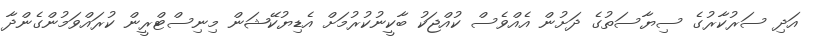
އަދި ސަރުކާރުގެ ސިޔާސަތުގެ ދަށުން އެއްވެސް ކުއްޖަކު ބާކީނުކުރުމަށް އެޑިޔުކޭޝަން މިނިސްޓްރީން ކުރައްވަމުންގެންދާ